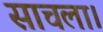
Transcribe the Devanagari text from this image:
साचला।